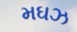
મઘઝ